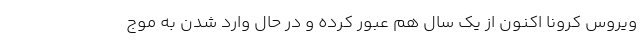
ویروس کرونا اکنون از یک سال هم عبور کرده و در حال وارد شدن به موج